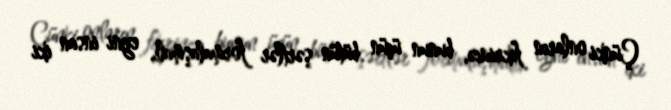
Çünki onların fikrincə, bunun üçün bütün şərtlər formalaşmalı, eyni insan iki